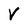
Character: V